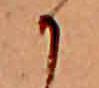
か